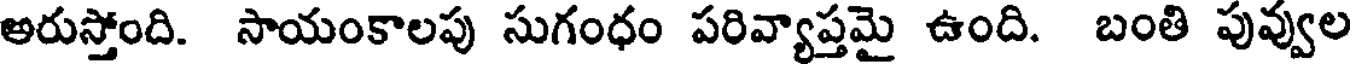
అరుస్తోంది. సాయంకాలపు సుగంధం పరివ్యాప్తమై ఉంది. బంతి పువ్వుల